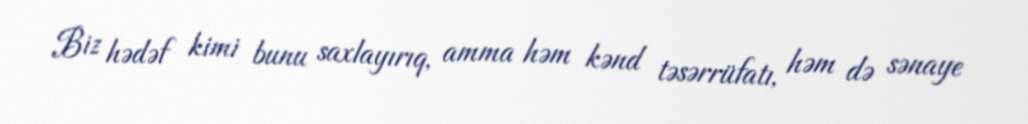
Biz hədəf kimi bunu saxlayırıq, amma həm kənd təsərrüfatı, həm də sənaye